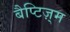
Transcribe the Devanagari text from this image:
बैप्टिज़्म